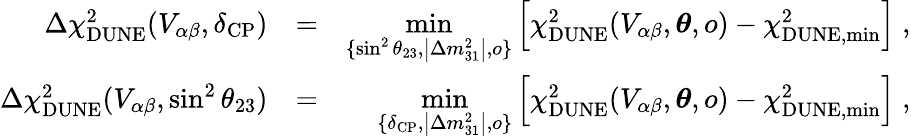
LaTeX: \begin{array}{rlr}{\Delta\chi_{\mathrm{DUNE}}^{2}(V_{\alpha\beta},\delta_{\mathrm{CP}})}&{=}&{\underset{\{ \sin^{2}\theta_{23},\left\vert\Delta m_{31}^{2}\right\vert,o\} }{\mathrm{min}}\left[\chi_{\mathrm{DUNE}}^{2}(V_{\alpha\beta},\boldsymbol{\theta},o)-\chi_{\mathrm{DUNE,min}}^{2}\right]\; ,}\\ {\Delta\chi_{\mathrm{DUNE}}^{2}(V_{\alpha\beta},\sin^{2}\theta_{23})}&{=}&{\underset{\{ \delta_{\mathrm{CP}},\left\vert\Delta m_{31}^{2}\right\vert,o\} }{\mathrm{min}}\left[\chi_{\mathrm{DUNE}}^{2}(V_{\alpha\beta},\boldsymbol{\theta},o)-\chi_{\mathrm{DUNE,min}}^{2}\right]\; ,}\end{array}